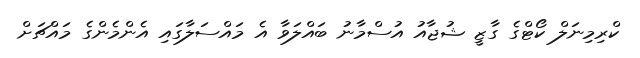
ކްރިމިނަލް ކޯޓްގެ ގާޒީ ޝުޖާއު އުސްމާނު ބައްލަވާ އެ މައްސަލާގައި އެންމެންގެ މައްޗަށް